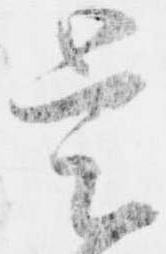
是